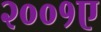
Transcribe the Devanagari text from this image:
२००१ए